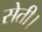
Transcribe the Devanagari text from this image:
सेती।